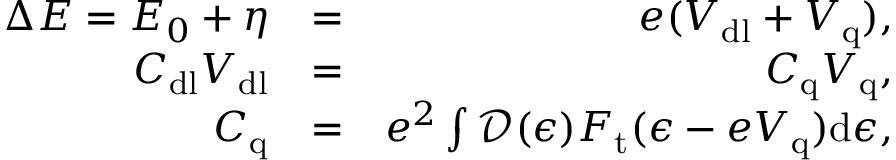
\begin{array} { r l r } { \Delta E = E _ { 0 } + \eta } & { = } & { e ( V _ { \mathrm { d l } } + V _ { \mathrm { q } } ) , } \\ { C _ { \mathrm { d l } } V _ { \mathrm { d l } } } & { = } & { C _ { \mathrm { q } } V _ { \mathrm { q } } , } \\ { C _ { \mathrm { q } } } & { = } & { e ^ { 2 } \int \mathcal { D } ( \epsilon ) F _ { \mathrm { t } } ( \epsilon - e V _ { \mathrm { q } } ) \mathrm { d } \epsilon , } \end{array}